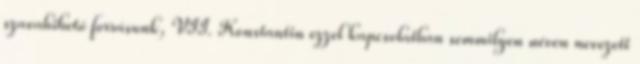
szavahihető forrásunk, VII. Konstantin ezzel kapcsolatban semmilyen néven nevezett